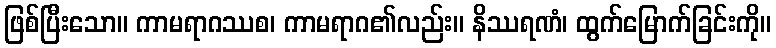
ဖြစ်ပြီးသော။ ကာမရာဂဿစ၊ ကာမရာဂ၏လည်း။ နိဿရဏံ၊ ထွက်မြောက်ခြင်းကို။